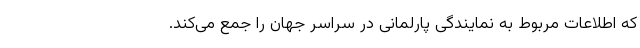
که اطلاعات مربوط به نمایندگی پارلمانی در سراسر جهان را جمع می‌کند.